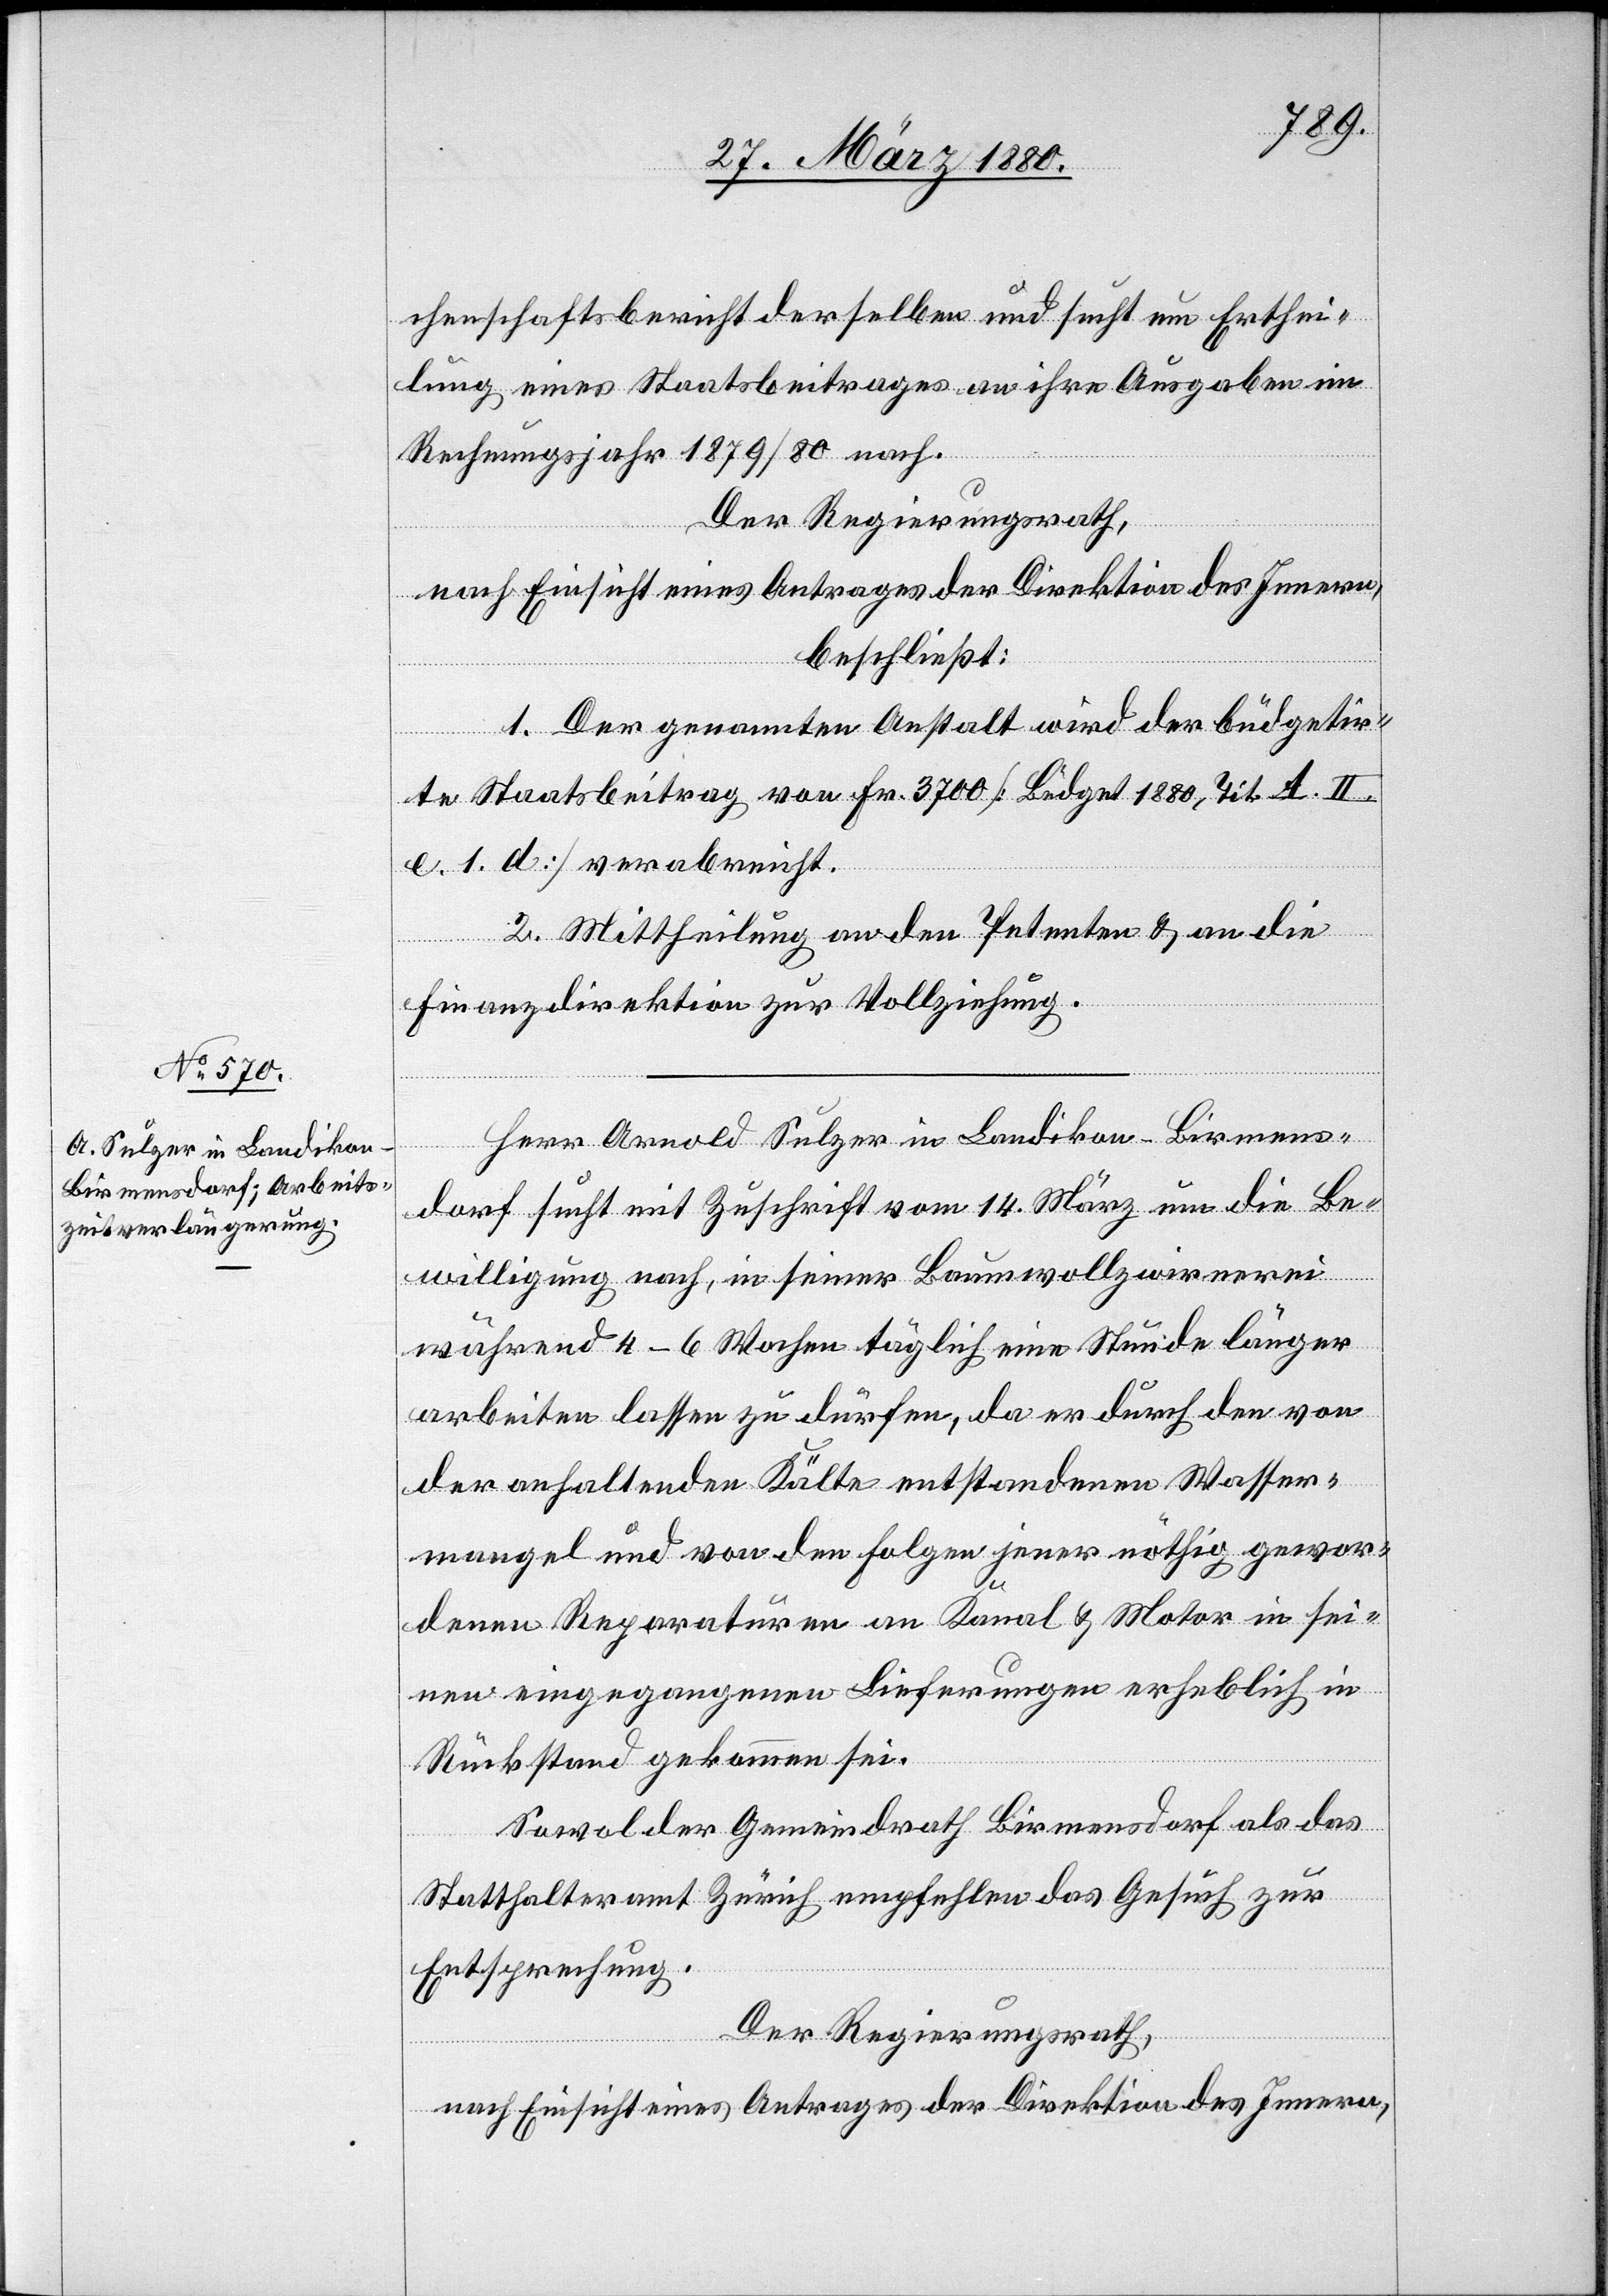
chenschaftsbericht derselben und sucht um Erthei¬
lung eines Staatsbeitrages an ihre Ausgaben im
Rechnungsjahr 1879/80 nach.
Der Regierungsrath,
nach Einsicht eines Antrages der Direktion des Innern,
beschließt:
1. Der genannten Anstalt wird der büdgetir¬
te Staatsbeitrag von Fr. 3700 [Büdget 1880, Tit. A. II.
e. 1. d] verabreicht.
2. Mittheilung an den Petenten & an die
Finanzdirektion zur Vollziehung.
Herr Arnold Sulzer in Landikon - Birmens¬
dorf sucht mit Zuschrift vom 14. März um die Be¬
willigung nach, in seiner Baumwollzwirnerei
während 4–6 Wochen täglich eine Stunde länger
arbeiten lassen zu dürfen, da er durch den von
der anhaltenden Kälte entstandenen Wasser¬
mangel und von den Folgen jener nöthig gewor¬
denen Reparaturen an Kanal & Motor in sei¬
nen eingegangenen Lieferungen erheblich in
Rückstand gekommen sei.
Sowol der Gemeindrath Birmensdorf als das
Statthalteramt Zürich empfehlen das Gesuch zur
Entsprechung.
Der Regierungsrath,
nach Einsicht eines Antrages der Direktion des Innern,